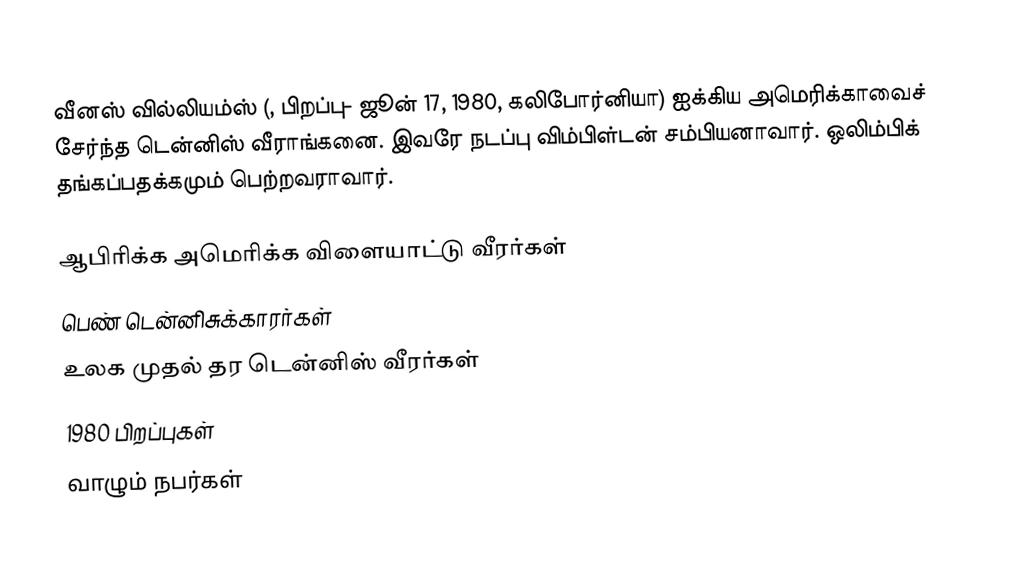
வீனஸ் வில்லியம்ஸ் (, பிறப்பு- ஜூன் 17, 1980, கலிபோர்னியா) ஐக்கிய அமெரிக்காவைச் சேர்ந்த டென்னிஸ் வீராங்கனை. இவரே நடப்பு விம்பிள்டன் சம்பியனாவார். ஒலிம்பிக் தங்கப்பதக்கமும் பெற்றவராவார்.

ஆபிரிக்க அமெரிக்க விளையாட்டு வீரர்கள்
பெண் டென்னிசுக்காரர்கள்
உலக முதல் தர டென்னிஸ் வீரர்கள்
1980 பிறப்புகள்
வாழும் நபர்கள்